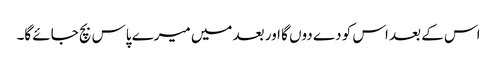
اس کے بعد اس کو دے دوں گا اور بعد میں میرے پاس بچ جائے گا۔